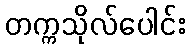
တက္ကသိုလ်ပေါင်း